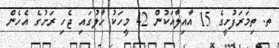
ތ. ތިމަރަފުށީގެ 15 އާއިލާއަކުން 42 މީހަކު ހާލުގައި ޖެހި ރަށުގެ އެހެން